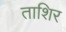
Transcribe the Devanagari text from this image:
ताशिर